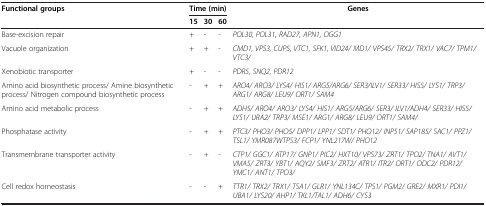
<table><thead><tr><td><b>Functional groups</b></td><td colspan="3"><b>Time (min)</b></td><td><b>Genes</b></td></tr><tr><td><b> </b></td><td><b>15</b></td><td><b>30</b></td><td><b>60</b></td><td><b> </b></td></tr></thead><tbody><tr><td>Base-excision repair</td><td>+</td><td>-</td><td>-</td><td><i>POL30, POL31, RAD27, APN1, OGG1</i></td></tr><tr><td>Vacuole organization</td><td>+</td><td>+</td><td>-</td><td><i>CMD1, VPS3, CUP5, VTC1, SFK1, VID24/ MD1/ VPS45/ TRX2/ TRX1/ VAC7/ TPM1/ VTC3/</i></td></tr><tr><td>Xenobiotic transporter</td><td>+</td><td>-</td><td>-</td><td><i>PDR5, SNQ2, PDR12</i></td></tr><tr><td>Amino acid biosynthetic process/ Amine biosynthetic process/ Nitrogen compound biosynthetic process</td><td>-</td><td>+</td><td>+</td><td><i>ARO4/ ARO3/ LYS4/ HIS1/ ARG5/ARG6/ SER3/ILV1/ SER33/ HIS5/ LYS1/ TRP3/ ARG1/ ARG8/ LEU9/ ORT1/ SAM4</i></td></tr><tr><td>Amino acid metabolic process</td><td>-</td><td>+</td><td>+</td><td><i>ADH5/ ARO4/ ARO3/ LYS4/ HIS1/ ARG5/ARG6/ SER3/ ILV1/ADH4/ SER33/ HIS5/ LYS1/ URA2/ TRP3/ MSE1/ ARG1/ ARG8/ LEU9/ ORT1/ SAM4/</i></td></tr><tr><td>Phosphatase activity</td><td>-</td><td>+</td><td>+</td><td><i>PTC3/ PHO3/ PHO5/ DPP1/ LPP1/ SDT1/ PHO12/ INP51/ SAP185/ SAC1/ PPZ1/ TSL1/ YMR087WTPS3/ FCP1/ YNL217W/ PHO12</i></td></tr><tr><td>Transmembrane transporter activity</td><td>-</td><td>+</td><td>-</td><td><i>CTP1/ GGC1/ ATP17/ GNP1/ PIC2/ HXT10/ VPS73/ ZRT1/ TPO2/ TNA1/ AVT1/ VMA5/ ZRT3/ YBT1/ AQY2/ SMF3/ ZRT2/ ATR1/ ITR2/ ORT1/ ODC2/ PDR12/ YMC1/ ANT1/ TPO3/</i></td></tr><tr><td>Cell redox homeostasis</td><td>-</td><td>-</td><td>+</td><td><i>TTR1/ TRX2/ TRX1/ TSA1/ GLR1/ YNL134C/ TPS1/ PGM2/ GRE2/ MXR1/ PDI1/ UBA1/ LYS20/ AHP1/ TKL1/TAL1/ ADH6/ CYS3</i></td></tr></tbody></table>